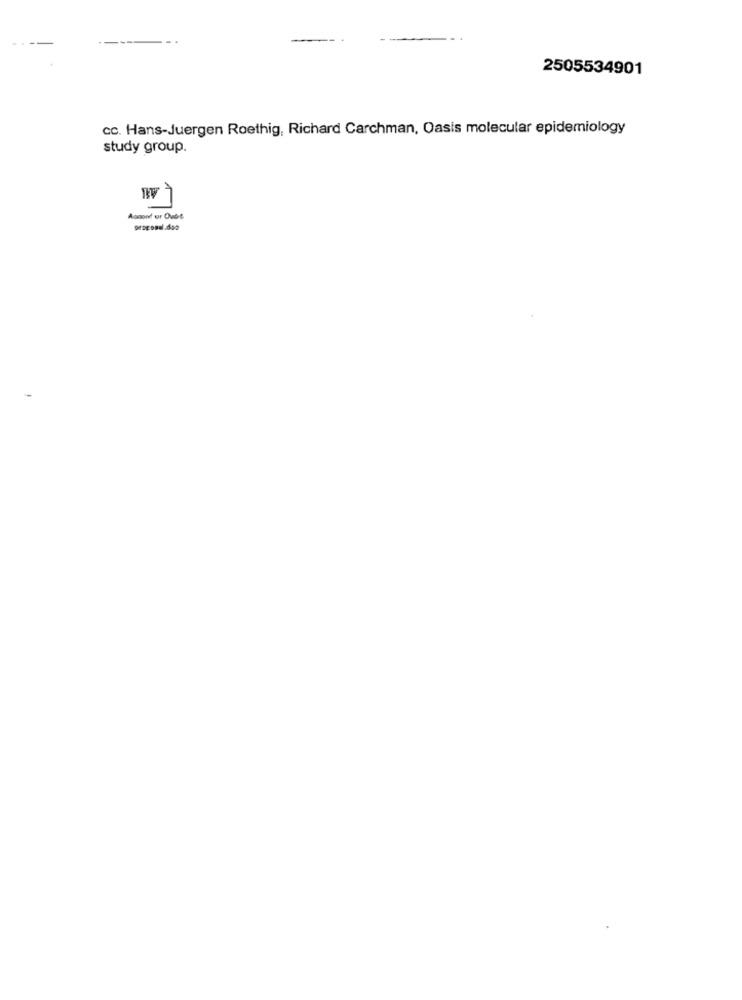
2505534901
cc. Hans-Juergen Roethig, Richard Carchman, Oasis molecular epidemiology
study group.
Aonood ur Oude